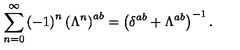
\sum _ { n = 0 } ^ { \infty } \left( - 1 \right) ^ { n } \left( \Lambda ^ { n } \right) ^ { a b } = \left( \delta ^ { a b } + \Lambda ^ { a b } \right) ^ { - 1 } .